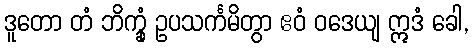
ဒူတော တံ ဘိက္ခုံ ဥပသင်္ကမိတွာ ဧဝံ ဝဒေယျ ဣဒံ ခေါ,